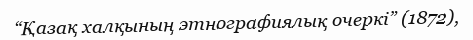
“Қазақ халқының этнографиялық очеркі” (1872),